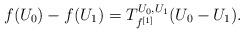
LaTeX: \begin{align*}f(U_0)-f(U_1)=T^{U_0,U_1}_{f^{[1]}}(U_0-U_1).\end{align*}